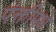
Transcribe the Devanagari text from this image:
पंक्तीमधे